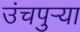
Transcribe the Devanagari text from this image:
उंचपुर्‍या